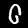
Digit: 0